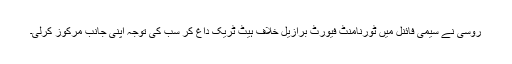
روسی نے سیمی فائنل میں ٹورنامنٹ فیورٹ برازیل خلاف ہیٹ ٹریک داغ کر سب کی توجہ اپنی جانب مرکوز کرلی۔